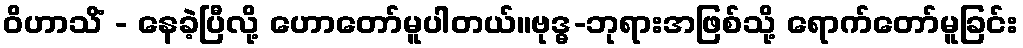
ဝိဟာသိံ - နေခဲ့ပြီလို့ ဟောတော်မူပါတယ်။ဗုဒ္ဓ-ဘုရားအဖြစ်သို့ ရောက်တော်မူခြင်း